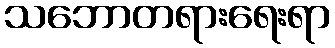
သဘောတရားရေးရာ